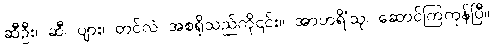
ဆီဦး၊ ဆီ၊ ပျား၊ တင်လဲ အစရှိသည်ကို၎င်း။ အာဟရိံသု၊ ဆောင်ကြကုန်ပြီ။